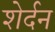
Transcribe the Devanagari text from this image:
शेर्दन